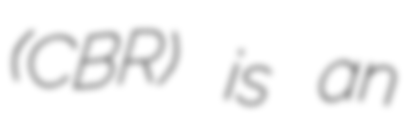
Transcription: (CBR) is an